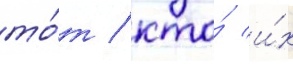
то́т / кто́ и́х